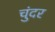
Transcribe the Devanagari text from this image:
चुंदर